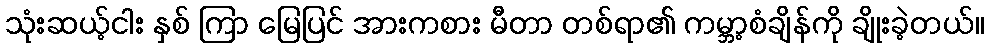
သုံးဆယ့်ငါး နှစ် ကြာ မြေပြင် အားကစား မီတာ တစ်ရာ၏ ကမ္ဘာ့စံချိန်ကို ချိုးခဲ့တယ်။